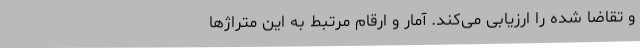
و تقاضا شده را ارزیابی می‌کند. آمار و ارقام مرتبط به این متراژها